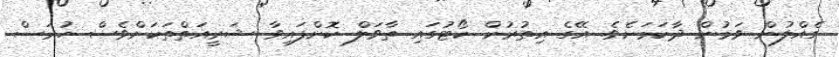
ގެއްލުން ވަމުން ދާކަމަށެވެ. އޭގެ އިތުރުން ކޯޓުގައި ތާވަލް ކޮށްފައިވާ ޝަރީއަތްތަކަށްވެސް ހުރަސް